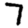
Digit: 7